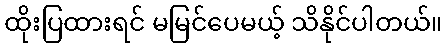
ထိုးပြထားရင် မမြင်ပေမယ့် သိနိုင်ပါတယ်။